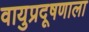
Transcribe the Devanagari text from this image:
वायुप्रदूषणाला